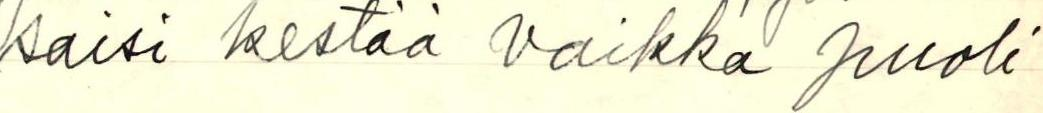
saisi kestää vaikka puoli